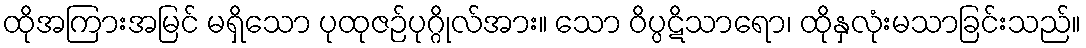
ထိုအကြားအမြင် မရှိသော ပုထုဇဉ်ပုဂ္ဂိုလ်အား။ သော ဝိပ္ပဋိသာရော၊ ထိုနှလုံးမသာခြင်းသည်။